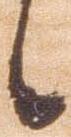
候